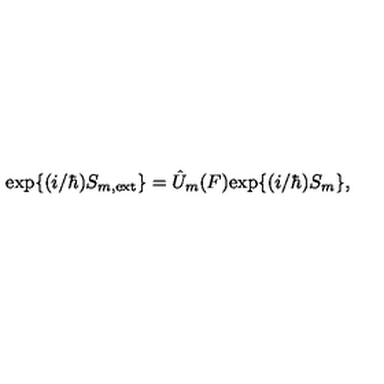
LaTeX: \mathrm { e x p } \{ ( i / \hbar ) S _ { m , \mathrm { e x t } } \} = \hat { U } _ { m } ( F ) \mathrm { e x p } \{ ( i / \hbar ) S _ { m } \} ,